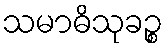
သမာဓိသုခဉ္စ